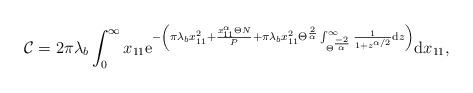
LaTeX: \begin{align*}\mathcal{C}=2\pi\lambda_{b}\int_{0}^{\infty}x_{11}\mathrm{e}^{-\left(\pi\lambda_{b} x_{11}^2+ \frac{x_{11}^{\alpha} \Theta N}{P} + \pi\lambda_{b}x_{11}^2 \Theta^{\frac{2}{\alpha}} \int\displaylimits_{\Theta^{\frac{-2}{\alpha}}}^{\infty}\frac{1}{1+z^{\alpha/2}}\mathrm{d}z \right)}\mathrm{d}x_{11},\end{align*}